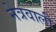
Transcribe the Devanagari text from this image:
नेत्रवाली